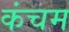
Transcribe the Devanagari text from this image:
कंचम